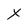
Character: X